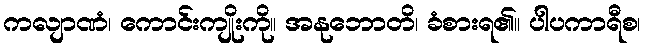
ကလျာဏံ၊ ကောင်းကျိုးကို။ အနုဘောတိ၊ ခံစားရ၏။ ပါပကာရီစ၊